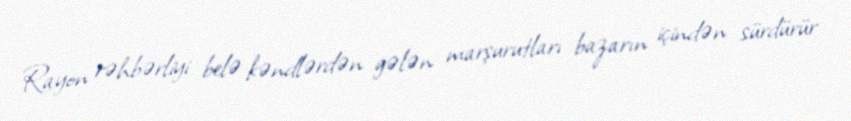
Rayon rəhbərliyi belə kəndlərdən gələn marşurutları bazarın içindən sürdürür